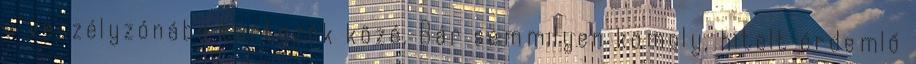
a veszélyzónába tartozók közé. Bár semmilyen komoly, hitelt érdemlő